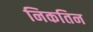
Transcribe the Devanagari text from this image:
निकतिन